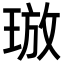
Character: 𪻯